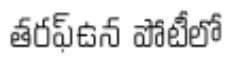
తరఫ్ఉన పోటీలో